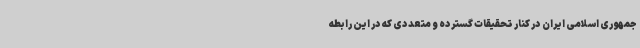
جمهوری اسلامی ایران در کنار تحقیقات گسترده و متعددی که در این رابطه